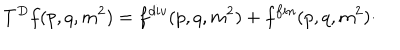
T ^ { D } f ( p , q , m ^ { 2 } ) = f ^ { d i v } ( p , q , m ^ { 2 } ) + f ^ { f i n } ( p , q , m ^ { 2 } ) \cdot